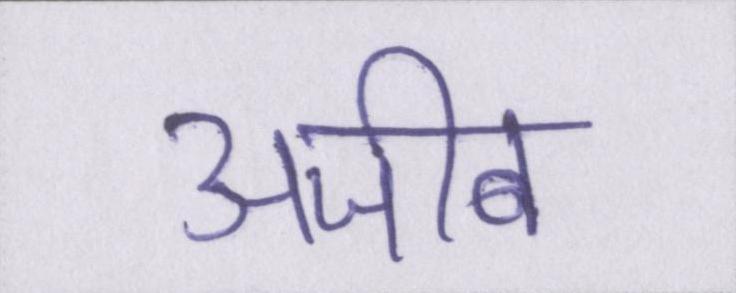
अजीब